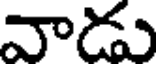
వాడు